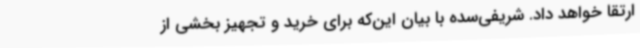
ارتقا خواهد داد. شریفی‌سده با بیان این‌که برای خرید و تجهیز بخشی از